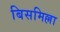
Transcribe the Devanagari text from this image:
बिसमिल्ला